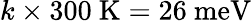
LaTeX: k\times 300~\mathrm{K}=26~\mathrm{meV}